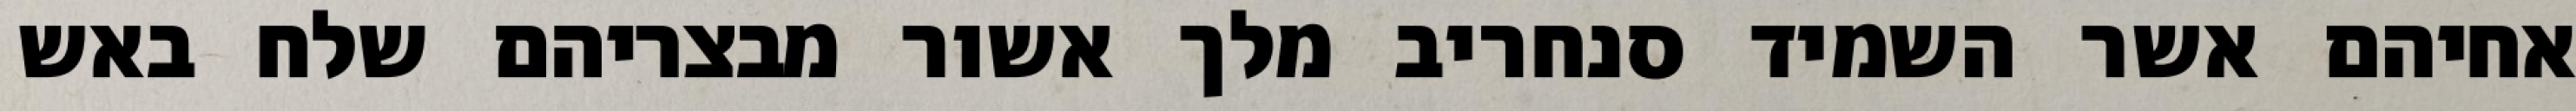
אחיהם אשר השמיד סנחריב מלך אשור מבצריהם שלח באש